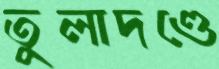
তুলাদণ্ডে